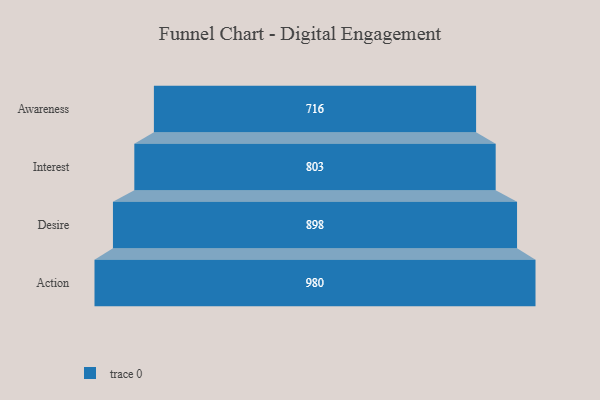
{"axis": {"x": "Stage", "y": "Value"}, "legend": [""], "data": [{"x": "Awareness", "y": 716.0, "type": ""}, {"x": "Interest", "y": 803.0, "type": ""}, {"x": "Desire", "y": 898.0, "type": ""}, {"x": "Action", "y": 980.0, "type": ""}]}